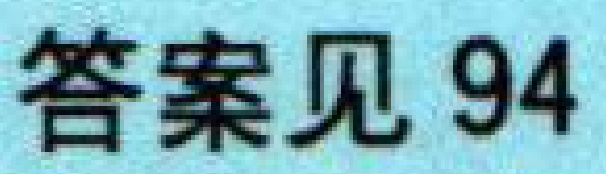
答案见 94